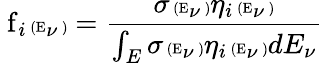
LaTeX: {\mathrm{\mathit~f}}_{i}{\mathrm{\tiny~(E}}_{\nu}\mathrm{\tiny~)}=\frac{\sigma{\mathrm{\tiny~(E}}_{\nu}\mathrm{\tiny~)}\eta_{i}{\mathrm{\tiny~(E}}_{\nu}\mathrm{\tiny~)}}{\int_{E}\sigma{\mathrm{\tiny~(E}}_{\nu}\mathrm{\tiny~)}\eta_{i}{\mathrm{\tiny~(E}}_{\nu}\mathrm{\tiny~)}dE_{\nu}}